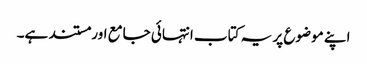
اپنے موضوع پر یہ کتاب انتہائی جامع اور مستند ہے۔